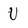
Character: U